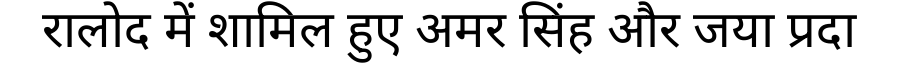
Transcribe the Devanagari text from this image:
रालोद में शामिल हुए अमर सिंह और जया प्रदा